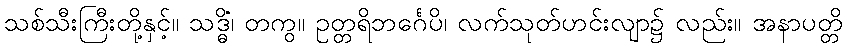
သစ်သီးကြီးတို့နှင့်။ သဒ္ဓိံ၊ တကွ။ ဥတ္တရိဘင်္ဂေပိ၊ လက်သုတ်ဟင်းလျာ၌ လည်း။ အနာပတ္တိ